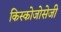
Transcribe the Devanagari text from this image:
किस्कोजोसेजी